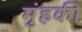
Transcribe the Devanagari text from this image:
मुंहकी